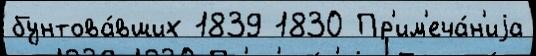
бунтова́вших 1839 1830 Пр'им'еча́н'иjа